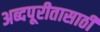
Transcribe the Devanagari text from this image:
अब्दपूरीतासाठी